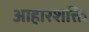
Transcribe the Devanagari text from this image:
आहारशक्ति